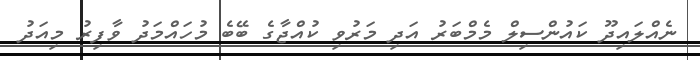
ނެއްލައިދޫ ކައުންސިލް މެމްބަރު އަދި މަރުވި ކުއްޖާގެ ބޭބެ މުހައްމަދު ވާފިރު މިއަދު